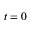
t = 0